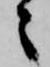
々